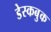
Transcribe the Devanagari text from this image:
डेस्कबुक